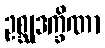
ဥစ္ဆုဒက္ခိဏာ